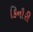
કિનૌરી